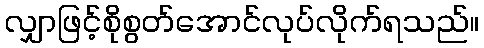
လျှာဖြင့်စိုစွတ်အောင်လုပ်လိုက်ရသည်။